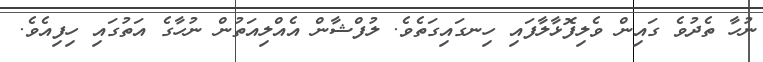
ނުހާ ތެދުވެ ގައިން ވެލިފޮޅާލާފައި ހިނގައިގަތެވެ. ލުފްޝާން އެއްލިއަތުން ނުހާގެ އަތުގައި ހިފިއެވެ.